Lyperosia minuta, Bezzi - Number 59
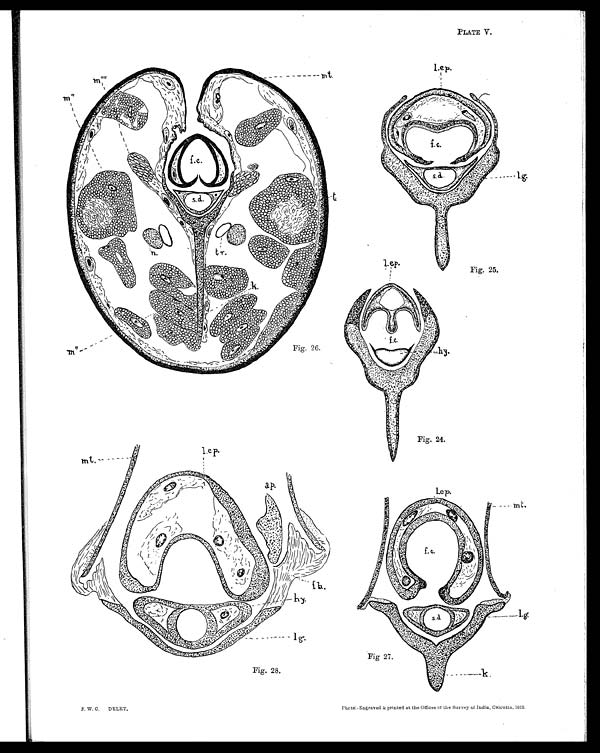
PLATE V.
Fig. 25.
Fig. 26.
Fig. 24.
Fig 27.
Fig. 28.
F. W. C. DELET,
Photc - Engraved & printed at the Offices of
the Survey of India, Calcutta, 1912.